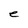
Character: e